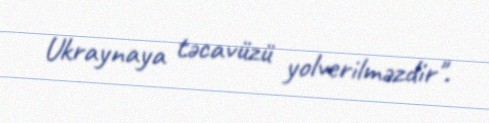
Ukraynaya təcavüzü yolverilməzdir".